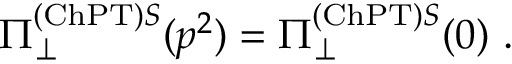
\Pi _ { \perp } ^ { \mathrm { ( C h P T ) } S } ( p ^ { 2 } ) = \Pi _ { \perp } ^ { \mathrm { ( C h P T ) } S } ( 0 ) \ .